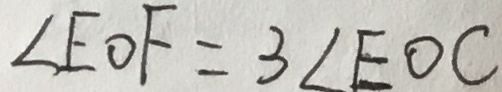
\angle E O F = 3 \angle E O C